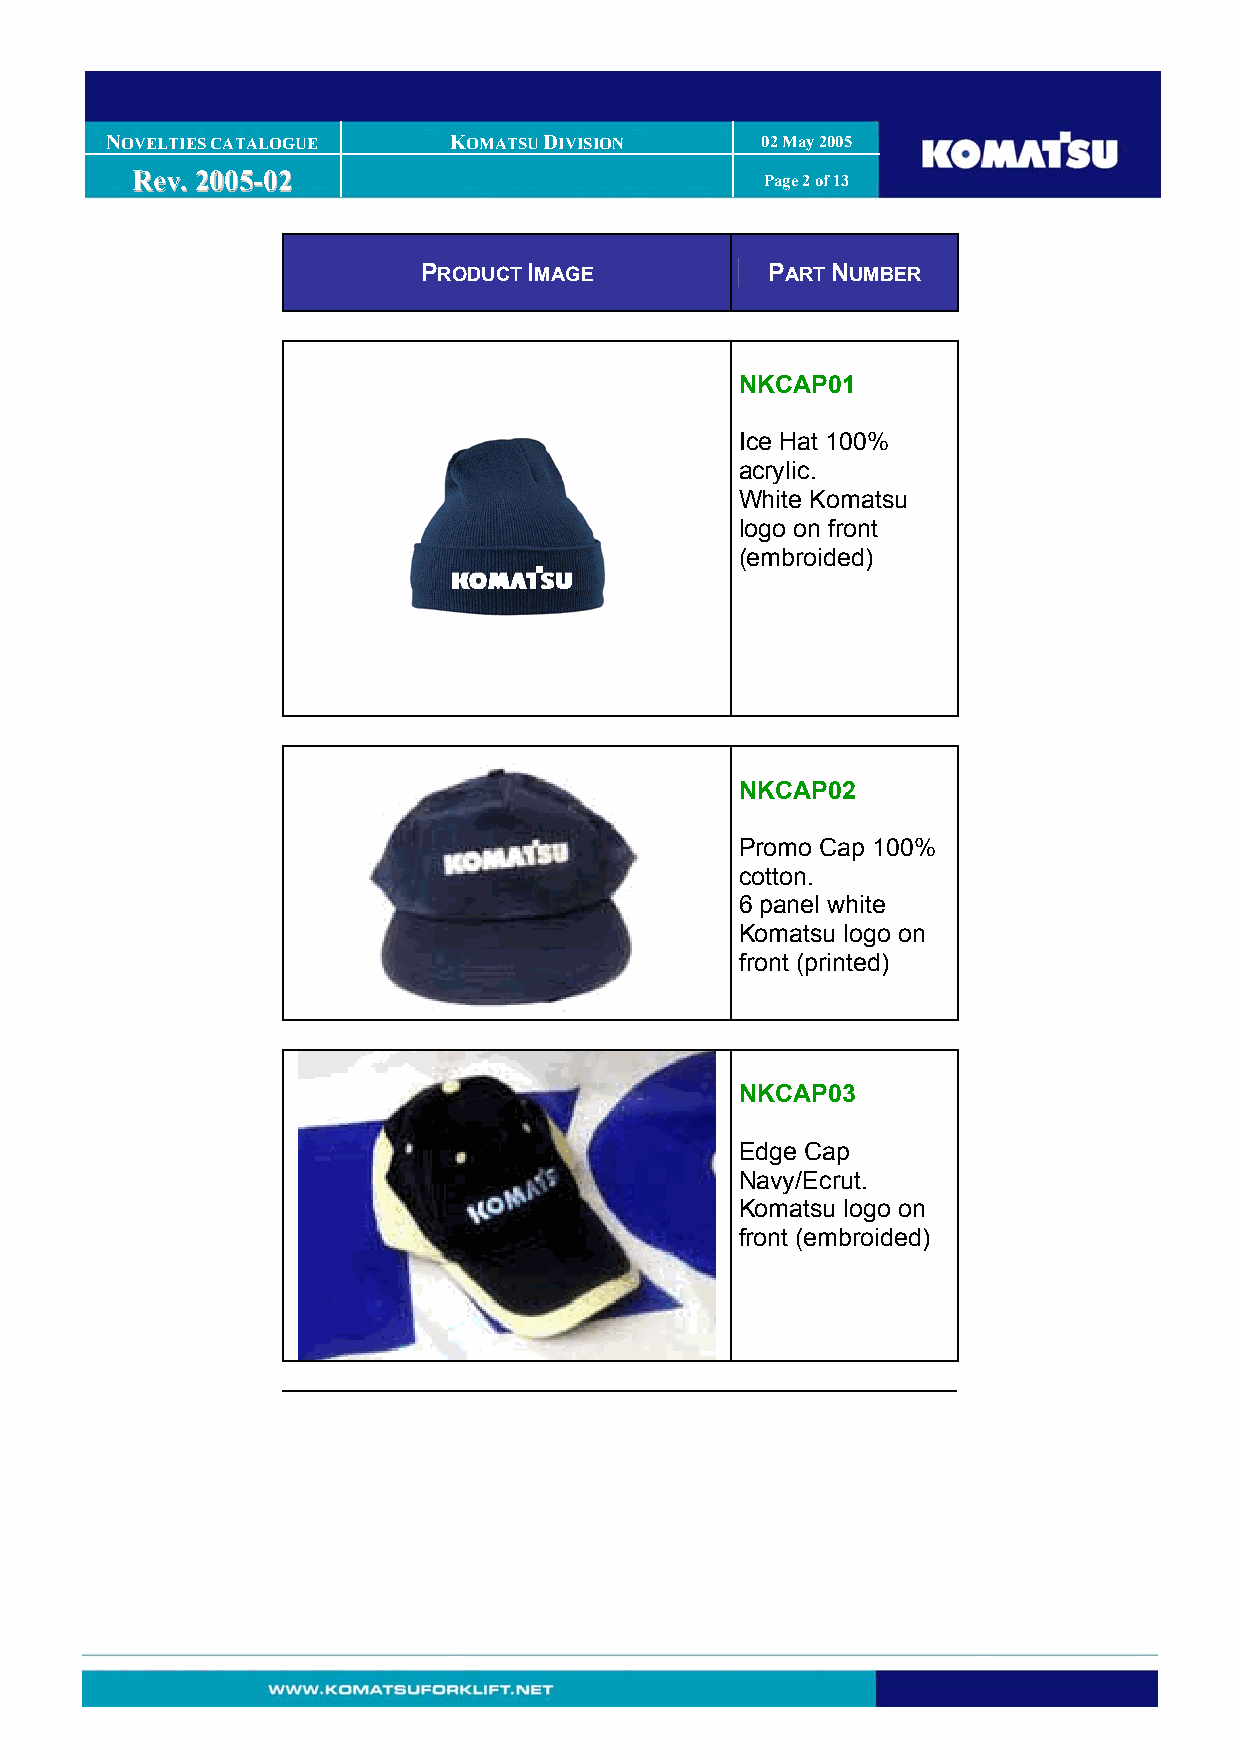
NOVELTIES CATALOGUE    KOMATSU DIVISION    02 May 2005
 RReevv.. 22000055--0022                   Page 2 of 13
 PRODUCT IMAGE          PART NUMBER
 NKCAP01
 Ice Hat 100%
 acrylic.
 White Komatsu
 logo on front
 (embroided)
 NKCAP02
 Promo Cap 100%
 cotton.
 6 panel white
 Komatsu logo on
 front (printed)
 NKCAP03
 Edge Cap
 Navy/Ecrut.
 Komatsu logo on
 front (embroided)